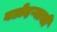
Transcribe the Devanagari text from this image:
वडोदऱ्याची